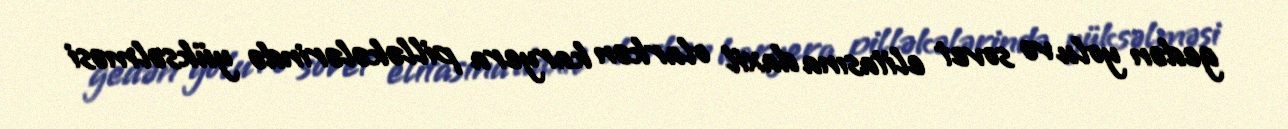
gedən yolu və sovet elitasına daxil olarkən karyera pilləkələrində yüksəlməsi